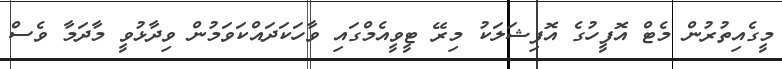
މީގެއިތުރުން މެޓް އޮފީހުގެ އޮފިޝަލަކު މިރޭ ޓީވީއެމްގައި ވާހަކަދައްކަވަމުން ވިދާޅުވީ މާދަމާ ވެސް